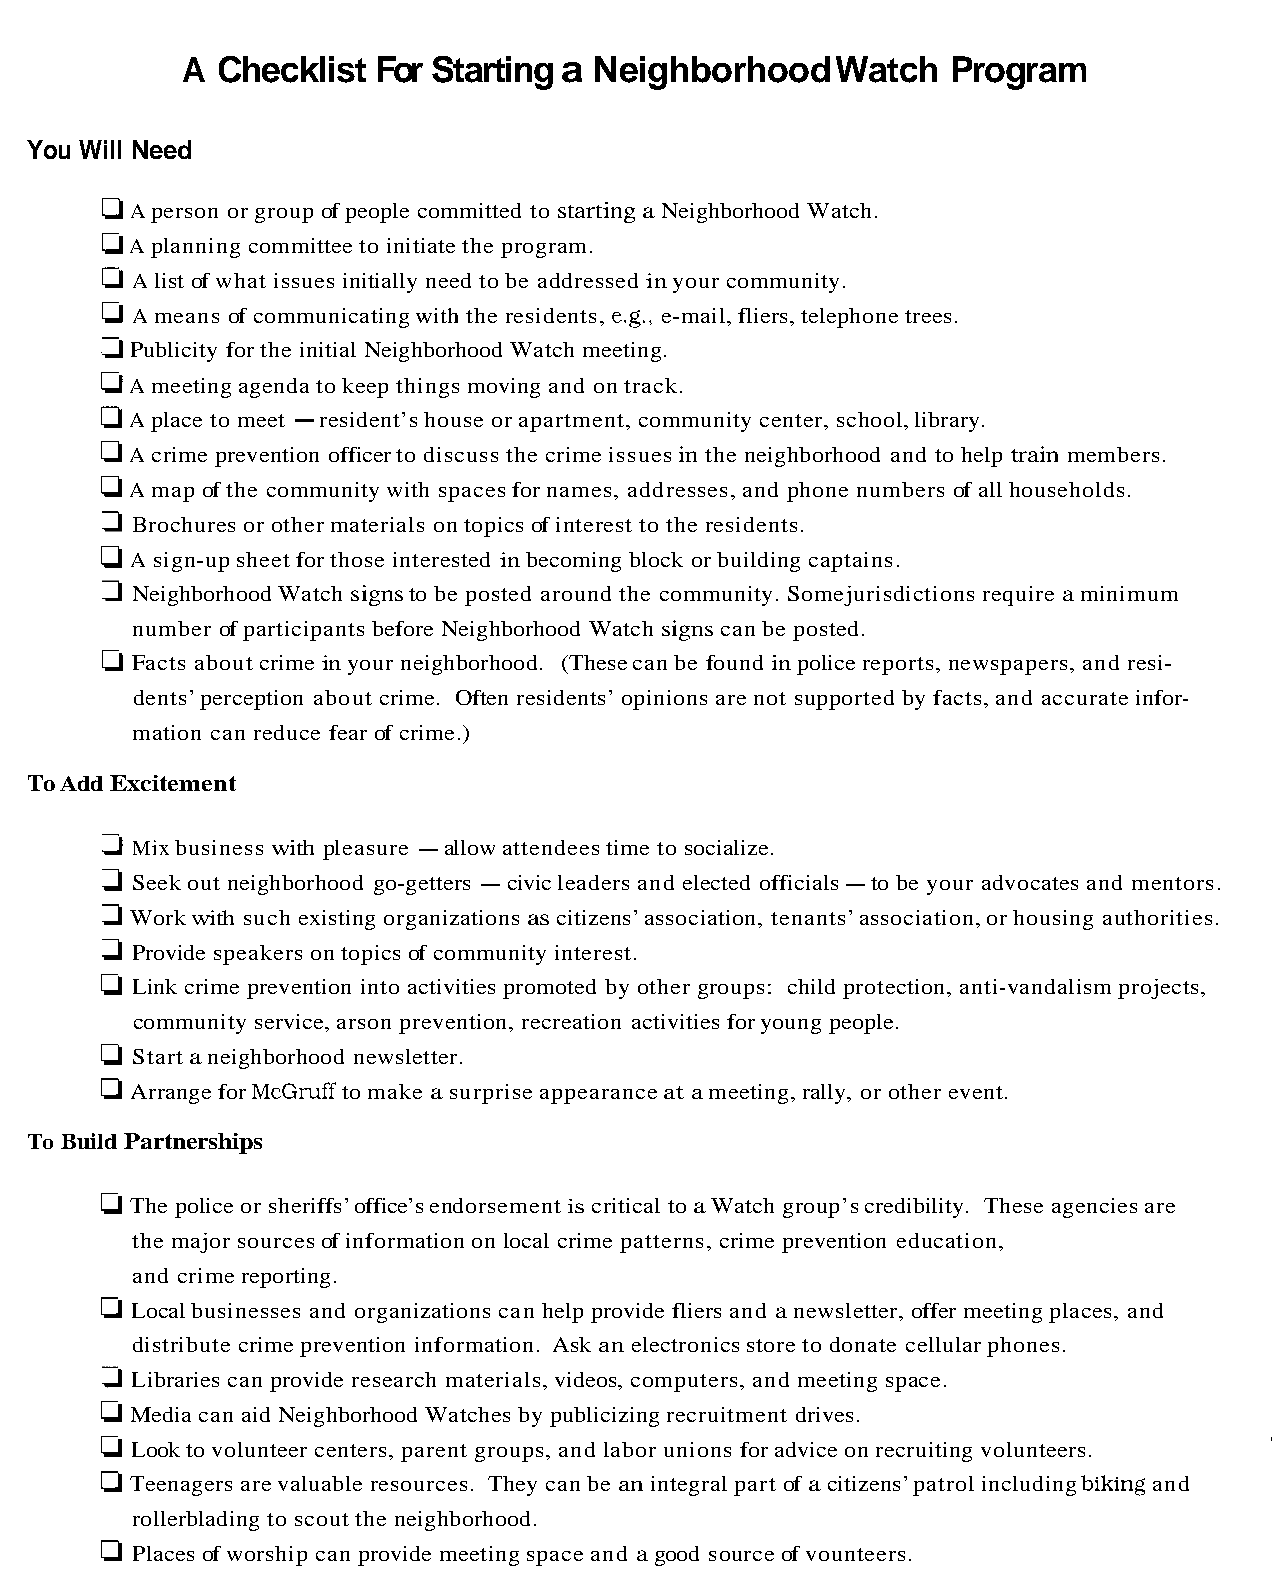
A Checklist  For Startinga Neighborhood    Watch   Program
 You Will Need
 Aperson or group of people committed to startingaNeighborhood Watch.
 Aplanning committee to initiatethe program.
 Alist ofwhat issues initially need to be addressed inyour community.
 Ameans of communicatingwith the residents, e-mail,fliers,telephone trees.
 Publicity for the initial Neighborhood Watch meeting.
 Ameeting agenda to keep things moving and on track.
 Aplace to meet -resident’shouse or apartment, community center, school,library.
 A crime prevention officerto discuss the crimeissuesin the neighborhood and to help train members.
 Amap of the communitywith spacesfornames, addresses, and phone numbers of all households.
 Brochuresor other materials ontopics of interest to the residents.
 A sign-up sheetfor those interested inbecoming block or building captains.
 NeighborhoodWatch signsto be posted around the community. Some jurisdictions require aminimum
 number of participants before Neighborhood Watch signscan be posted.
 Facts aboutcrime inyour neighborhood. (These can be found in policereports, newspapers, and resi-
 dents’perception about crime. Often residents’ opinions are not supported by facts,and accurateinfor-
 mation can reduce fear of crime.)
 ToAdd Excitement
 Mixbusiness with pleasure -allowattendeestime to socialize.
 Seek out neighborhood go-getters -civicleadersand elected officials -to be your advocates and mentors.
 Workwith such existing organizationsascitizens’association, tenants’association,or housing authorities.
 Provide speakersontopics of community interest.
 Link crime prevention into activities promoted by other groups: child protection, anti-vandalismprojects,
 community service,arson prevention, recreation activities foryoung people.
 Startaneighborhood newsletter.
 Arrange for   to make a surprise appearance at ameeting, rally, or other event.
 To Build Partnerships
 The police or sheriffs’office’sendorsement is critical to aWatch group’s credibility. These agencies are
 the major sourcesof informationon local crime patterns, crime prevention education,
 and crimereporting.
 Localbusinesses and organizations can help provide fliers and a newsletter, offermeeting places, and
 distribute crime prevention information. Ask an electronicsstore to donate cellularphones.
 Libraries can provide research materials, videos, computers, and meeting space.
 Mediacan aid Neighborhood Watches by publicizingrecruitment drives.
 Looktovolunteer centers, parent groups, and laborunions foradviceonrecruiting volunteers.
 Teenagers arevaluable resources. They can be anintegral part of a citizens’patrol including and
 rollerblading to scoutthe neighborhood.
 Places ofworship canprovide meeting spaceand a good source ofvounteers.